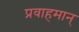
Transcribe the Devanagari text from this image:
प्रवाहमान्